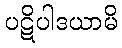
ပဋိပါဒယာမိ